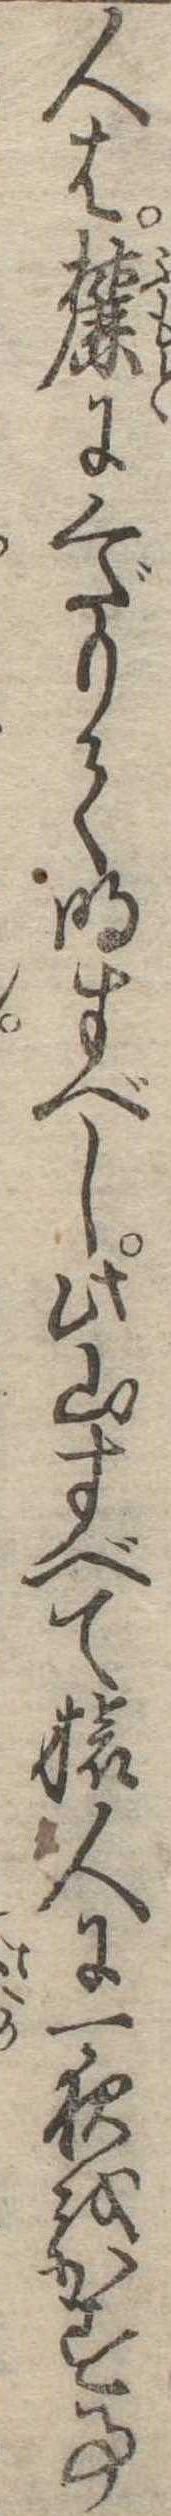
人は麓にくだりて明すべし此山すべて旅人に一夜をかす事